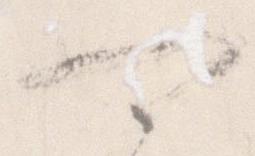
可